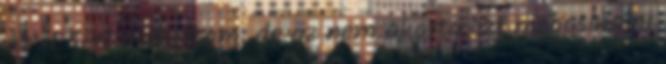
Az IE5-el probaltam, de az nem akarta ezt megcsinalni